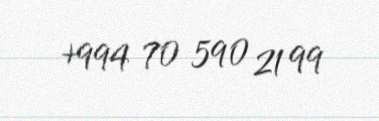
+994 70 590 21 99